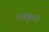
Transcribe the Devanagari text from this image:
तवक्कुली